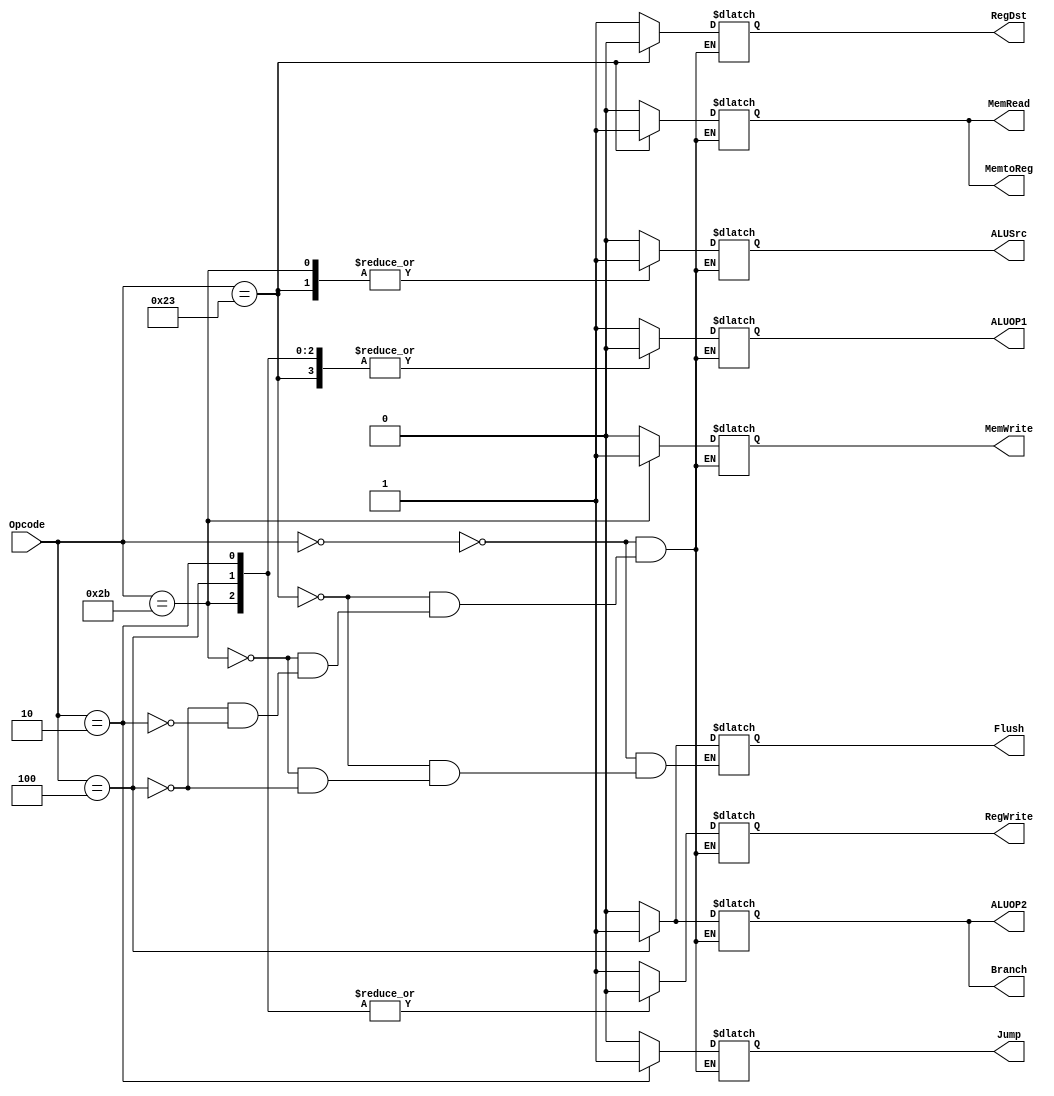



module Control_Unit(Opcode,RegDst,Jump,Branch,MemRead,MemtoReg,ALUOP1,ALUOP2,MemWrite,ALUSrc,RegWrite,Flush);
input [5:0]Opcode;
output reg RegDst;
output reg Jump;
output reg Branch;
output reg MemRead;
output reg MemtoReg;
output reg ALUOP1;
output reg ALUOP2;
output reg MemWrite;
output reg ALUSrc;
output reg RegWrite;
output reg Flush;
parameter R_type=6'b000000,LW=6'b100011,SW=6'b101011,BEQ=6'b000100,JumP=6'b000010;// i&R types instructions
//always@(Opcode)


initial
begin
                       RegDst<=1'b0; //make RegDst the destination register
					   Jump=1'b0;
					   Branch=1'b0;
					   MemRead=1'b0;
					   MemtoReg=1'b0;
					   ALUOP1=1'b0;
					   ALUOP2=1'b0;
					   MemWrite=1'b0;
					   ALUSrc=1'b0;
					   RegWrite=1'b0;
					    Flush = 1'b0;
	end		
	always@(Opcode)	    
case(Opcode)

          R_type: begin    //in case of R-type instruction
		               RegDst<=1'b1; //make RegDst the destination register
					   Jump<=1'b0;
					   Branch<=1'b0;
					   MemRead<=1'b0;
					   MemtoReg<=1'b0;
					   ALUOP1<=1'b1;
					   ALUOP2<=1'b0;
					   MemWrite<=1'b0;
					   ALUSrc<=1'b0;
					   RegWrite<=1'b1; //write in registers files
					   Flush = 1'b0;
					
		end
						 
        LW: begin  //in case of load woRegDst instruction
		               RegDst<=1'b0; //make RegDst the destination register
					   Jump<=1'b0;
					   Branch<=1'b0;
					   MemRead<=1'b1;
					   MemtoReg<=1'b1;
					   ALUOP1<=1'b0;
					   ALUOP2<=1'b0;
					   MemWrite<=1'b0;
					   ALUSrc<=1'b1;
					   RegWrite<=1'b1; //write in registers files
					Flush = 1'b0;
                                       
			   end
		   
			SW: begin  //in case of store woRegDst instruction
			        RegDst<=1'bx; //make RegDst the destination register
					   Jump<=1'b0;
					   Branch<=1'b0;
					   MemRead<=1'b0;
					   MemtoReg<=1'bx;
					   ALUOP1<=1'b0;
					   ALUOP2<=1'b0;
					   MemWrite<=1'b1;
					   ALUSrc<=1'b1;
					   RegWrite<=1'b0; //write in registers files
					 Flush = 1'b0;
			    end
					
		   BEQ: begin //in case of Branch if equal instruction
			        
					  
					   RegDst<=1'bx; //make RegDst the destination register
					   Jump<=1'b0;
					   Branch<=1'b1;
					   MemRead<=1'b0;
					   MemtoReg<=1'bx;
					   ALUOP1<=1'b0 ;
					   ALUOP2<=1'b1 ;
					   MemWrite<=1'b0;
					   ALUSrc<=1'b0;
					   RegWrite<=1'b0; //write in registers files
					   Flush <= 1'b1;
			    end
			
			JumP: begin
			        RegDst<=1'bx; //make RegDst the destination register
					   Jump<=1'b1;
					   Branch<=1'b0;
					   MemRead<=1'b0;
					   MemtoReg<=1'bx;
					   ALUOP1<=1'b0 ;
					   ALUOP2<=1'b0 ;
					   MemWrite<=1'b0;
					   ALUSrc<=1'b0;
					   RegWrite<=1'b0; //write in registers files
					   //Flush = 1'b0;
				end    
				
			    endcase	  

//end
endmodule